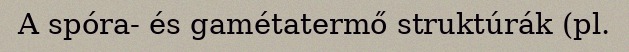
A spóra- és gamétatermő struktúrák (pl.